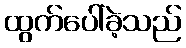
ထွက်ပေါ်ခဲ့သည်